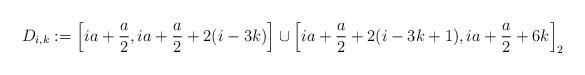
LaTeX: \begin{align*}D_{i,k} & := \left[ i a + \frac{a}{2}, ia + \frac{a}{2} + 2 (i-3k) \right] \cup \left[ i a + \frac{a}{2} + 2 (i-3k+1), i a + \frac{a}{2} + 6 k \right]_2\end{align*}